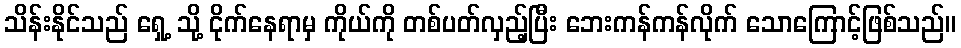
သိန်းနိုင်သည် ရှေ့ သို့ ငိုက်နေရာမှ ကိုယ်ကို တစ်ပတ်လှည့်ပြီး ဘေးကန်ကန်လိုက် သောကြောင့်ဖြစ်သည်။